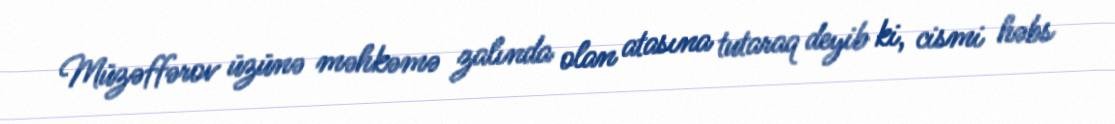
Müzəffərov üzünə məhkəmə zalında olan atasına tutaraq deyib ki, cismi həbs